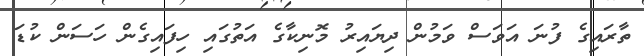
ތާރައިގެ ފުނަ އަވަސް ވަމުން ދިޔައިރު މޮނިކާގެ އަތުގައި ހިފައިގެން ހަސަން ކުޑަ